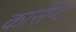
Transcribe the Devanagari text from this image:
कासेप्ट